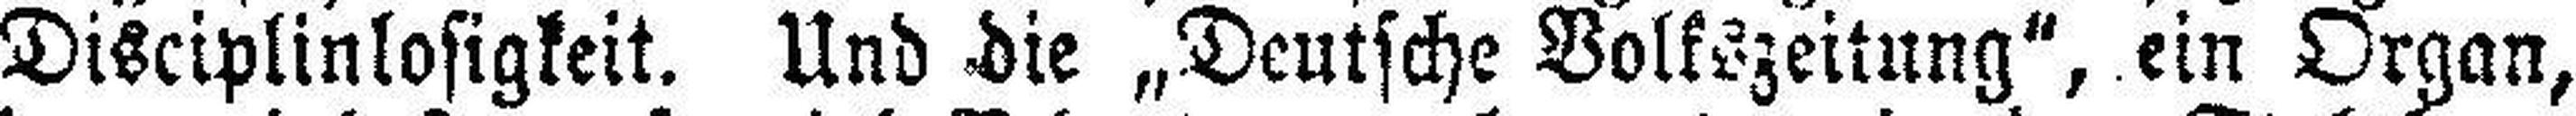
Disciplinlosigkeit. Und die „Deutsche Volkszeitung“, ein Organ,